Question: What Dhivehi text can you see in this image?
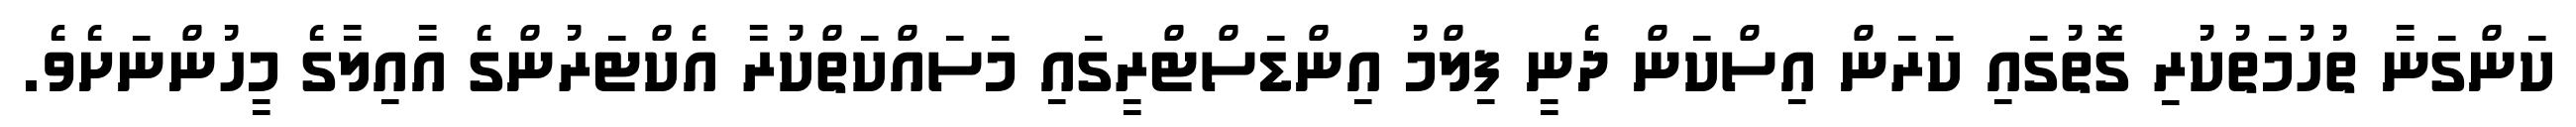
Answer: ކަންގަނާ ތުހުމަތުކުރި ގޮތުގައި ކަރަން އިސްކަން ދެނީ ފިލްމު އިންޑަސްޓްރީގައި މަސައްކަތްކުރާ އެކްޓަރުންގެ އާއިލާގެ މީހުންނަށެވެ.